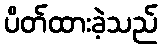
ပိတ်ထားခဲ့သည်